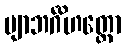
ဗျာဘင်္ဂိဟတ္ထော